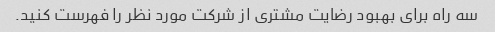
سه راه برای بهبود رضایت مشتری از شرکت مورد نظر را فهرست کنید.